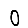
Digit: 0